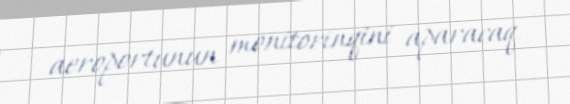
aeroportunun monitorinqini aparacaq.